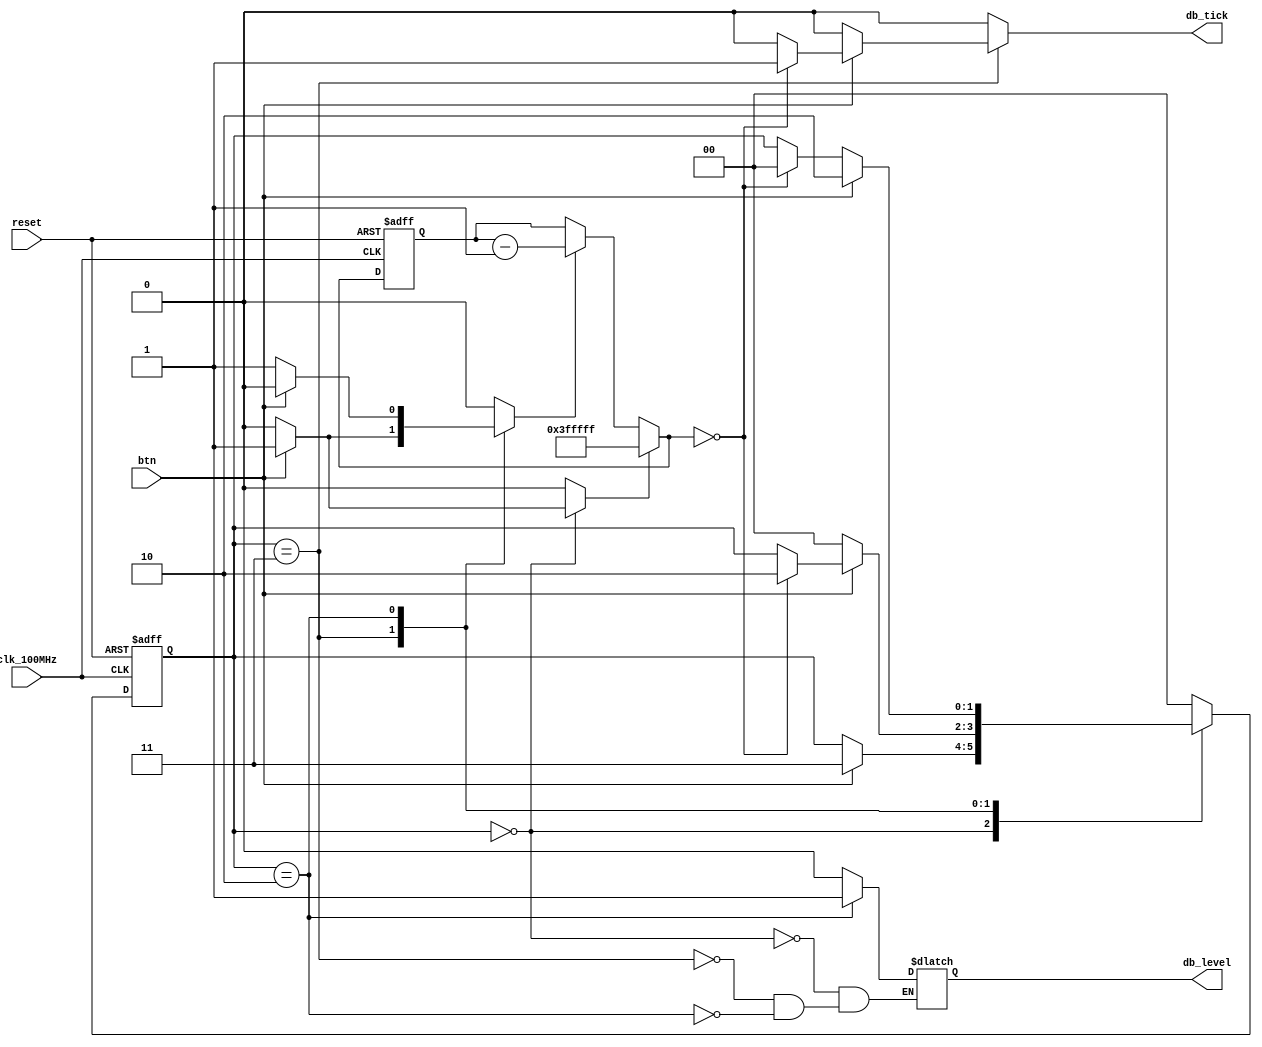
`timescale 1ns / 1ps
//////////////////////////////////////////////////////////////////////////////////////////
// Reference book:
// "FPGA Prototyping by Verilog Examples"
// "Xilinx Spartan-3 Version"
// Dr. Pong P. Chu
// Wiley
//
// Adapted for Artix-7
// David J. Marion
//
// Comments:
// - From examples in the book, its seems that db_level is used for switches
//   while db_tick is used for buttons
//////////////////////////////////////////////////////////////////////////////////////////

module debounce_explicit(
    input clk_100MHz,
    input reset,
    input btn,              // button input
    output reg db_level,    // for switches
    output reg db_tick      // for buttons
    );
    
    // state declarations
    parameter [1:0] zero  = 2'b00,
                    wait0 = 2'b01,
                    one   = 2'b10,
                    wait1 = 2'b11;
    
    // Artix-7 has a 100MHz clk with a period of 10ns    
    // number of counter bits (2^N * 10ns = ~40ms)
    parameter N = 22;
    
    // signal declaration
    reg [1:0] state_reg, next_state;
    reg [N-1:0] q_reg;
    wire [N-1:0] q_next;
    wire q_zero;
    reg q_load, q_dec;
    
    // body
    // FSMD state and data registers
    always @(posedge clk_100MHz or posedge reset) 
        if(reset) begin
            state_reg <= zero;
            q_reg <= 0;
        end
        else begin
            state_reg <= next_state;
            q_reg <= q_next;
        end
        
    // FSMD data path (counter) next state logic
    assign q_next = (q_load) ? {N{1'b1}} :      // load all 1s
                    (q_dec) ? q_reg - 1  :      // decrement
                     q_reg;                     // no change in q
    
    // status signal
    assign q_zero = (q_next == 0);
    
    // FSMD control path next state logic
    always @* begin
        next_state = state_reg;
        q_load = 1'b0;
        q_dec = 1'b0;
        db_tick = 1'b0;
        
        case(state_reg)
            zero    : begin
                        db_level = 1'b0;
                        if(btn) begin
                            next_state = wait1;
                            q_load = 1'b1;
                        end
            end
            
            wait1   : begin
                        db_level = 1'b0;
                        if(btn) begin
                            q_dec = 1'b1;
                            if(q_zero) begin
                                next_state = one;
                                db_tick = 1'b1;
                            end
                        end
                        else
                            next_state = zero;
            end
            
            one     : begin
                        db_level = 1'b1;
                        if(~btn) begin
                            q_dec = 1'b1;
                            if(q_zero)
                                next_state = zero;
                        end
                        else
                            next_state = one;
            end
            
            default : next_state = zero;
        endcase
    end
        
endmodule